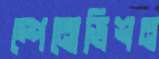
স্পেনোভিশন